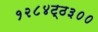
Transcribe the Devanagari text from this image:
१२८४ट्ठ३००